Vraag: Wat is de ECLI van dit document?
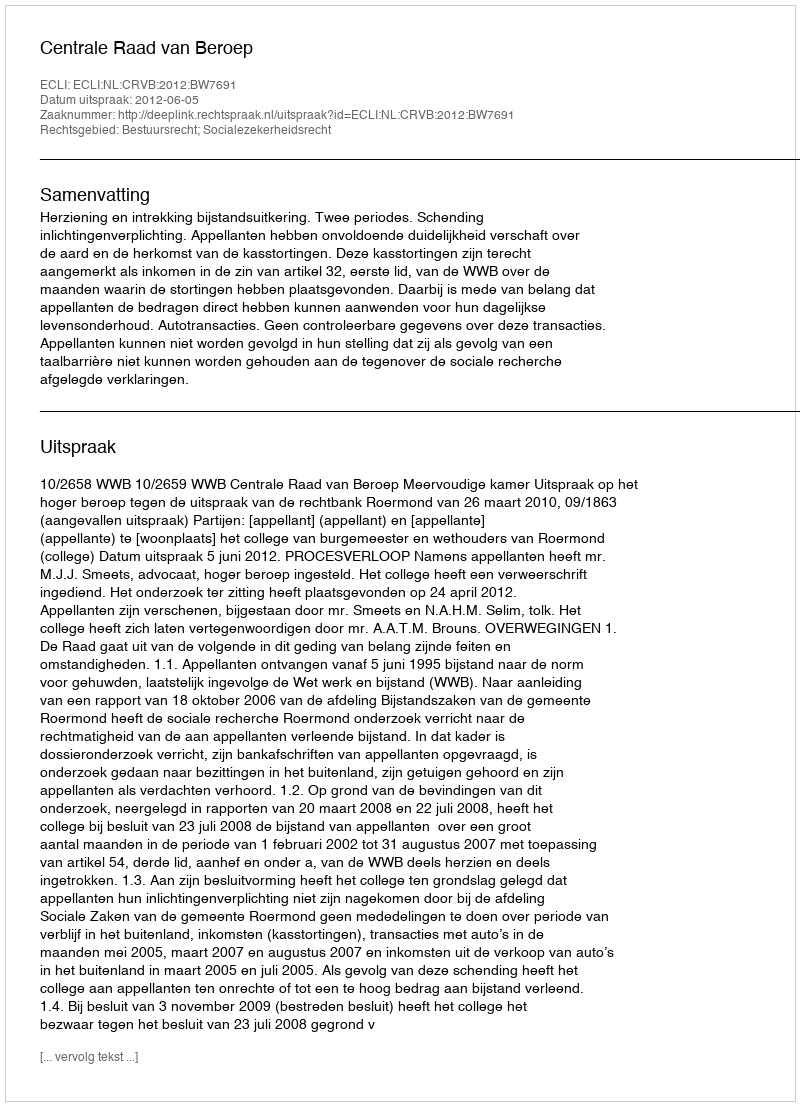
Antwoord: ECLI:NL:CRVB:2012:BW7691